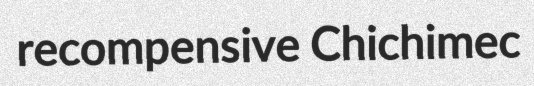
recompensive Chichimec